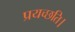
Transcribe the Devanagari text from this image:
प्रयच्छति।